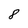
Character: 8